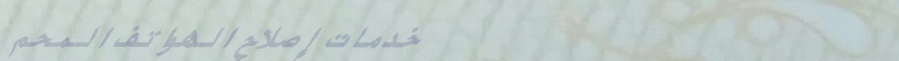
خدمات إصلاح الهواتف المحم